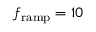
f _ { \mathrm { r a m p } } = 1 0